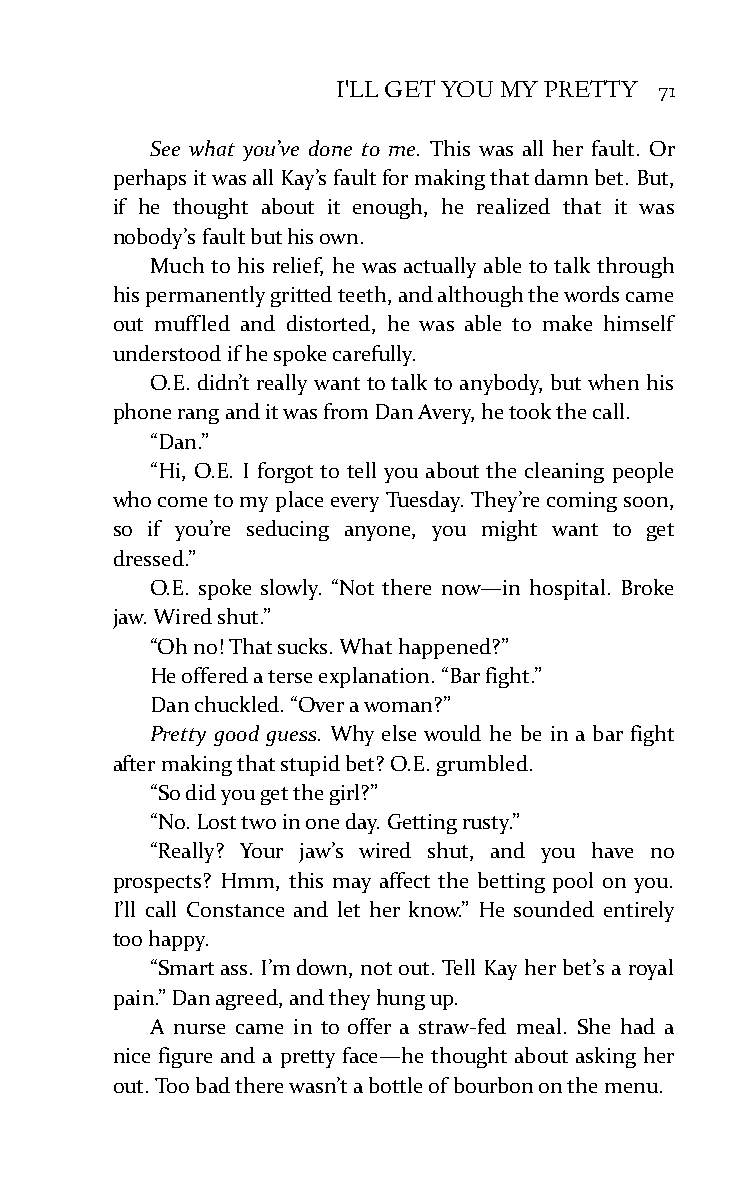
I'LL GET YOU MY PRETTY 71
 See what you’ve done to me. This was all her fault. Or
 perhaps it was all Kay’s fault for making that damn bet. But,
 if he thought about it enough, he realized that it was
 nobody’s fault but his own.
 Much to his relief, he was actually able to talk through
 his permanently gritted teeth, and although the words came
 out muffled and distorted, he was able to make himself
 understood if he spoke carefully.
 O.E. didn’t really want to talk to anybody, but when his
 phone rang and it was from Dan Avery, he took the call.
 “Dan.”
 “Hi, O.E. I forgot to tell you about the cleaning people
 who come to my place every Tuesday. They’re coming soon,
 so if you’re seducing anyone, you might want to get
 dressed.”
 O.E. spoke slowly. “Not there now—in hospital. Broke
 jaw. Wired shut.”
 “Oh no! That sucks. What happened?”
 He offered a terse explanation. “Bar fight.”
 Dan chuckled. “Over a woman?”
 Pretty good guess. Why else would he be in a bar fight
 after making that stupid bet? O.E. grumbled.
 “So did you get the girl?”
 “No. Lost two in one day. Getting rusty.”
 “Really? Your jaw’s wired shut, and you have no
 prospects? Hmm, this may affect the betting pool on you.
 I’ll call Constance and let her know.” He sounded entirely
 too happy.
 “Smart ass. I’m down, not out. Tell Kay her bet’s a royal
 pain.” Dan agreed, and they hung up.
 A nurse came in to offer a straw-fed meal. She had a
 nice figure and a pretty face—he thought about asking her
 out. Too bad there wasn’t a bottle of bourbon on the menu.